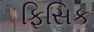
ફિસિક